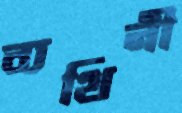
ব্যথিনী